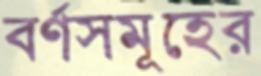
বর্ণসমূহের